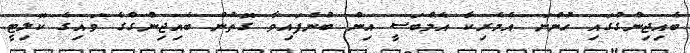
ބެއިޖިންގްގައި ހުންނަ އެމެރިކާ އެމްބަސީ އިން ބުނެފައިވާ ގޮތުން ބެއިޖިންގްގެ ވައިގެ ކޮލިޓީ